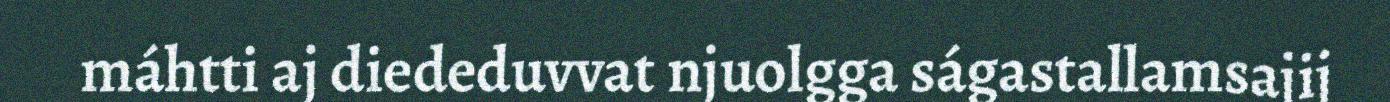
máhtti aj diededuvvat njuolgga ságastallamsajij